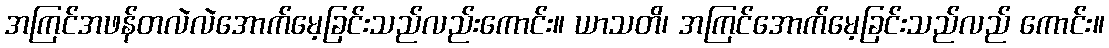
အကြင်အဖန်တလဲလဲအောက်မေ့ခြင်းသည်လည်းကောင်း။ ယာသတိ၊ အကြင်အောက်မေ့ခြင်းသည်လည် ကောင်း။